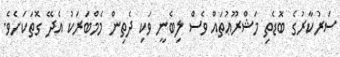
ސަރުކާރުގެ ބޮޑެތި މަޝްރޫޢުތައް ވެސް ލިބެނީ ވަކި ދެތިން މެމްބަރަކު އެދޭ ގޮތަކަށެވެ.